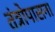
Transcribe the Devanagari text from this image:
तंत्रोपासना